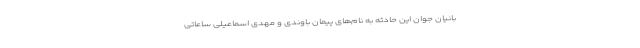
بانیان جوان این حادثه به نام‌های پیمان باوندی و مهدی اسماعیلی ساعاتی